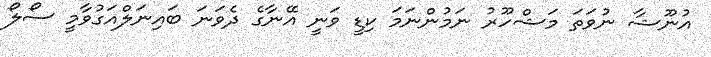
އުނޫޝާ ނުވަތަ މަޝްހޫރު ނަމުންނަމަ ކިޑީ ވަނީ އޭނާގެ ދެވަނަ ބައިނަލްއަގުވާމީ ސޯލޯ